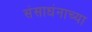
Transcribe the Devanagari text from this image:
संसाधंनाच्या